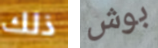
ذلك بوش